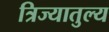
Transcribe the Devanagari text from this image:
त्रिज्यातुल्य